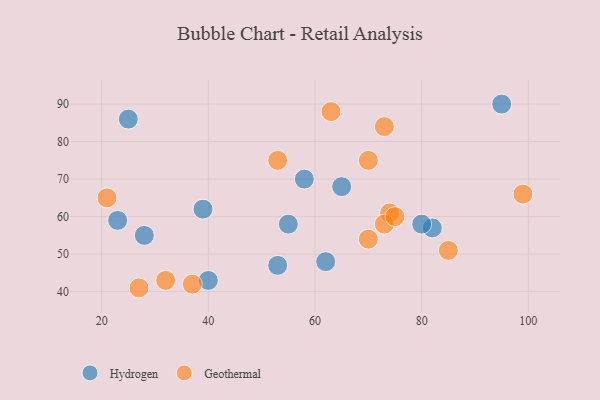
{"axis": {"x": "GDP", "y": "Life Expectancy"}, "legend": ["Geothermal", "Hydrogen"], "data": [{"x": "65", "y": 68, "type": "Hydrogen"}, {"x": "39", "y": 62, "type": "Hydrogen"}, {"x": "82", "y": 57, "type": "Hydrogen"}, {"x": "58", "y": 70, "type": "Hydrogen"}, {"x": "28", "y": 55, "type": "Hydrogen"}, {"x": "62", "y": 48, "type": "Hydrogen"}, {"x": "23", "y": 59, "type": "Hydrogen"}, {"x": "55", "y": 58, "type": "Hydrogen"}, {"x": "53", "y": 47, "type": "Hydrogen"}, {"x": "40", "y": 43, "type": "Hydrogen"}, {"x": "25", "y": 86, "type": "Hydrogen"}, {"x": "80", "y": 58, "type": "Hydrogen"}, {"x": "95", "y": 90, "type": "Hydrogen"}, {"x": "27", "y": 41, "type": "Geothermal"}, {"x": "74", "y": 61, "type": "Geothermal"}, {"x": "73", "y": 58, "type": "Geothermal"}, {"x": "75", "y": 60, "type": "Geothermal"}, {"x": "70", "y": 54, "type": "Geothermal"}, {"x": "70", "y": 75, "type": "Geothermal"}, {"x": "37", "y": 42, "type": "Geothermal"}, {"x": "32", "y": 43, "type": "Geothermal"}, {"x": "99", "y": 66, "type": "Geothermal"}, {"x": "53", "y": 75, "type": "Geothermal"}, {"x": "85", "y": 51, "type": "Geothermal"}, {"x": "21", "y": 65, "type": "Geothermal"}, {"x": "63", "y": 88, "type": "Geothermal"}, {"x": "73", "y": 84, "type": "Geothermal"}]}